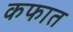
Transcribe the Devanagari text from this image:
कफात